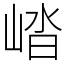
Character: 崉